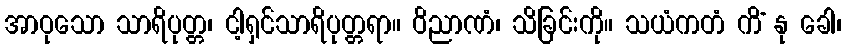
အာဝုသော သာရိပုတ္တ၊ ငါ့ရှင်သာရိပုတ္တရာ။ ဝိညာဏံ၊ သိခြင်းကို။ သယံကတံ ကိံ နု ခေါ၊